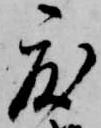
度